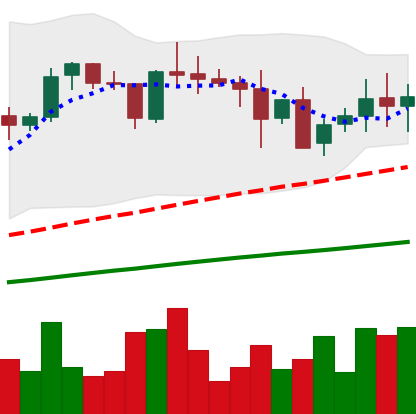
Ticker: XRP-USD
Chart end date: 2021-05-17
Forward return: -39.43%
Label: down_7plus